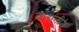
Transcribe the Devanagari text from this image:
करांनी